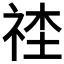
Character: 𥙭